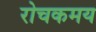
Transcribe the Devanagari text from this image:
रोचकमय